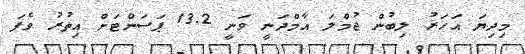
މިދިޔަ އަހަރު ލިބުން ޖުމްލަ އާމްދަނީ ވަނީ 13.2 ޕަސަންޓަށް އިތުރު ވެފަ